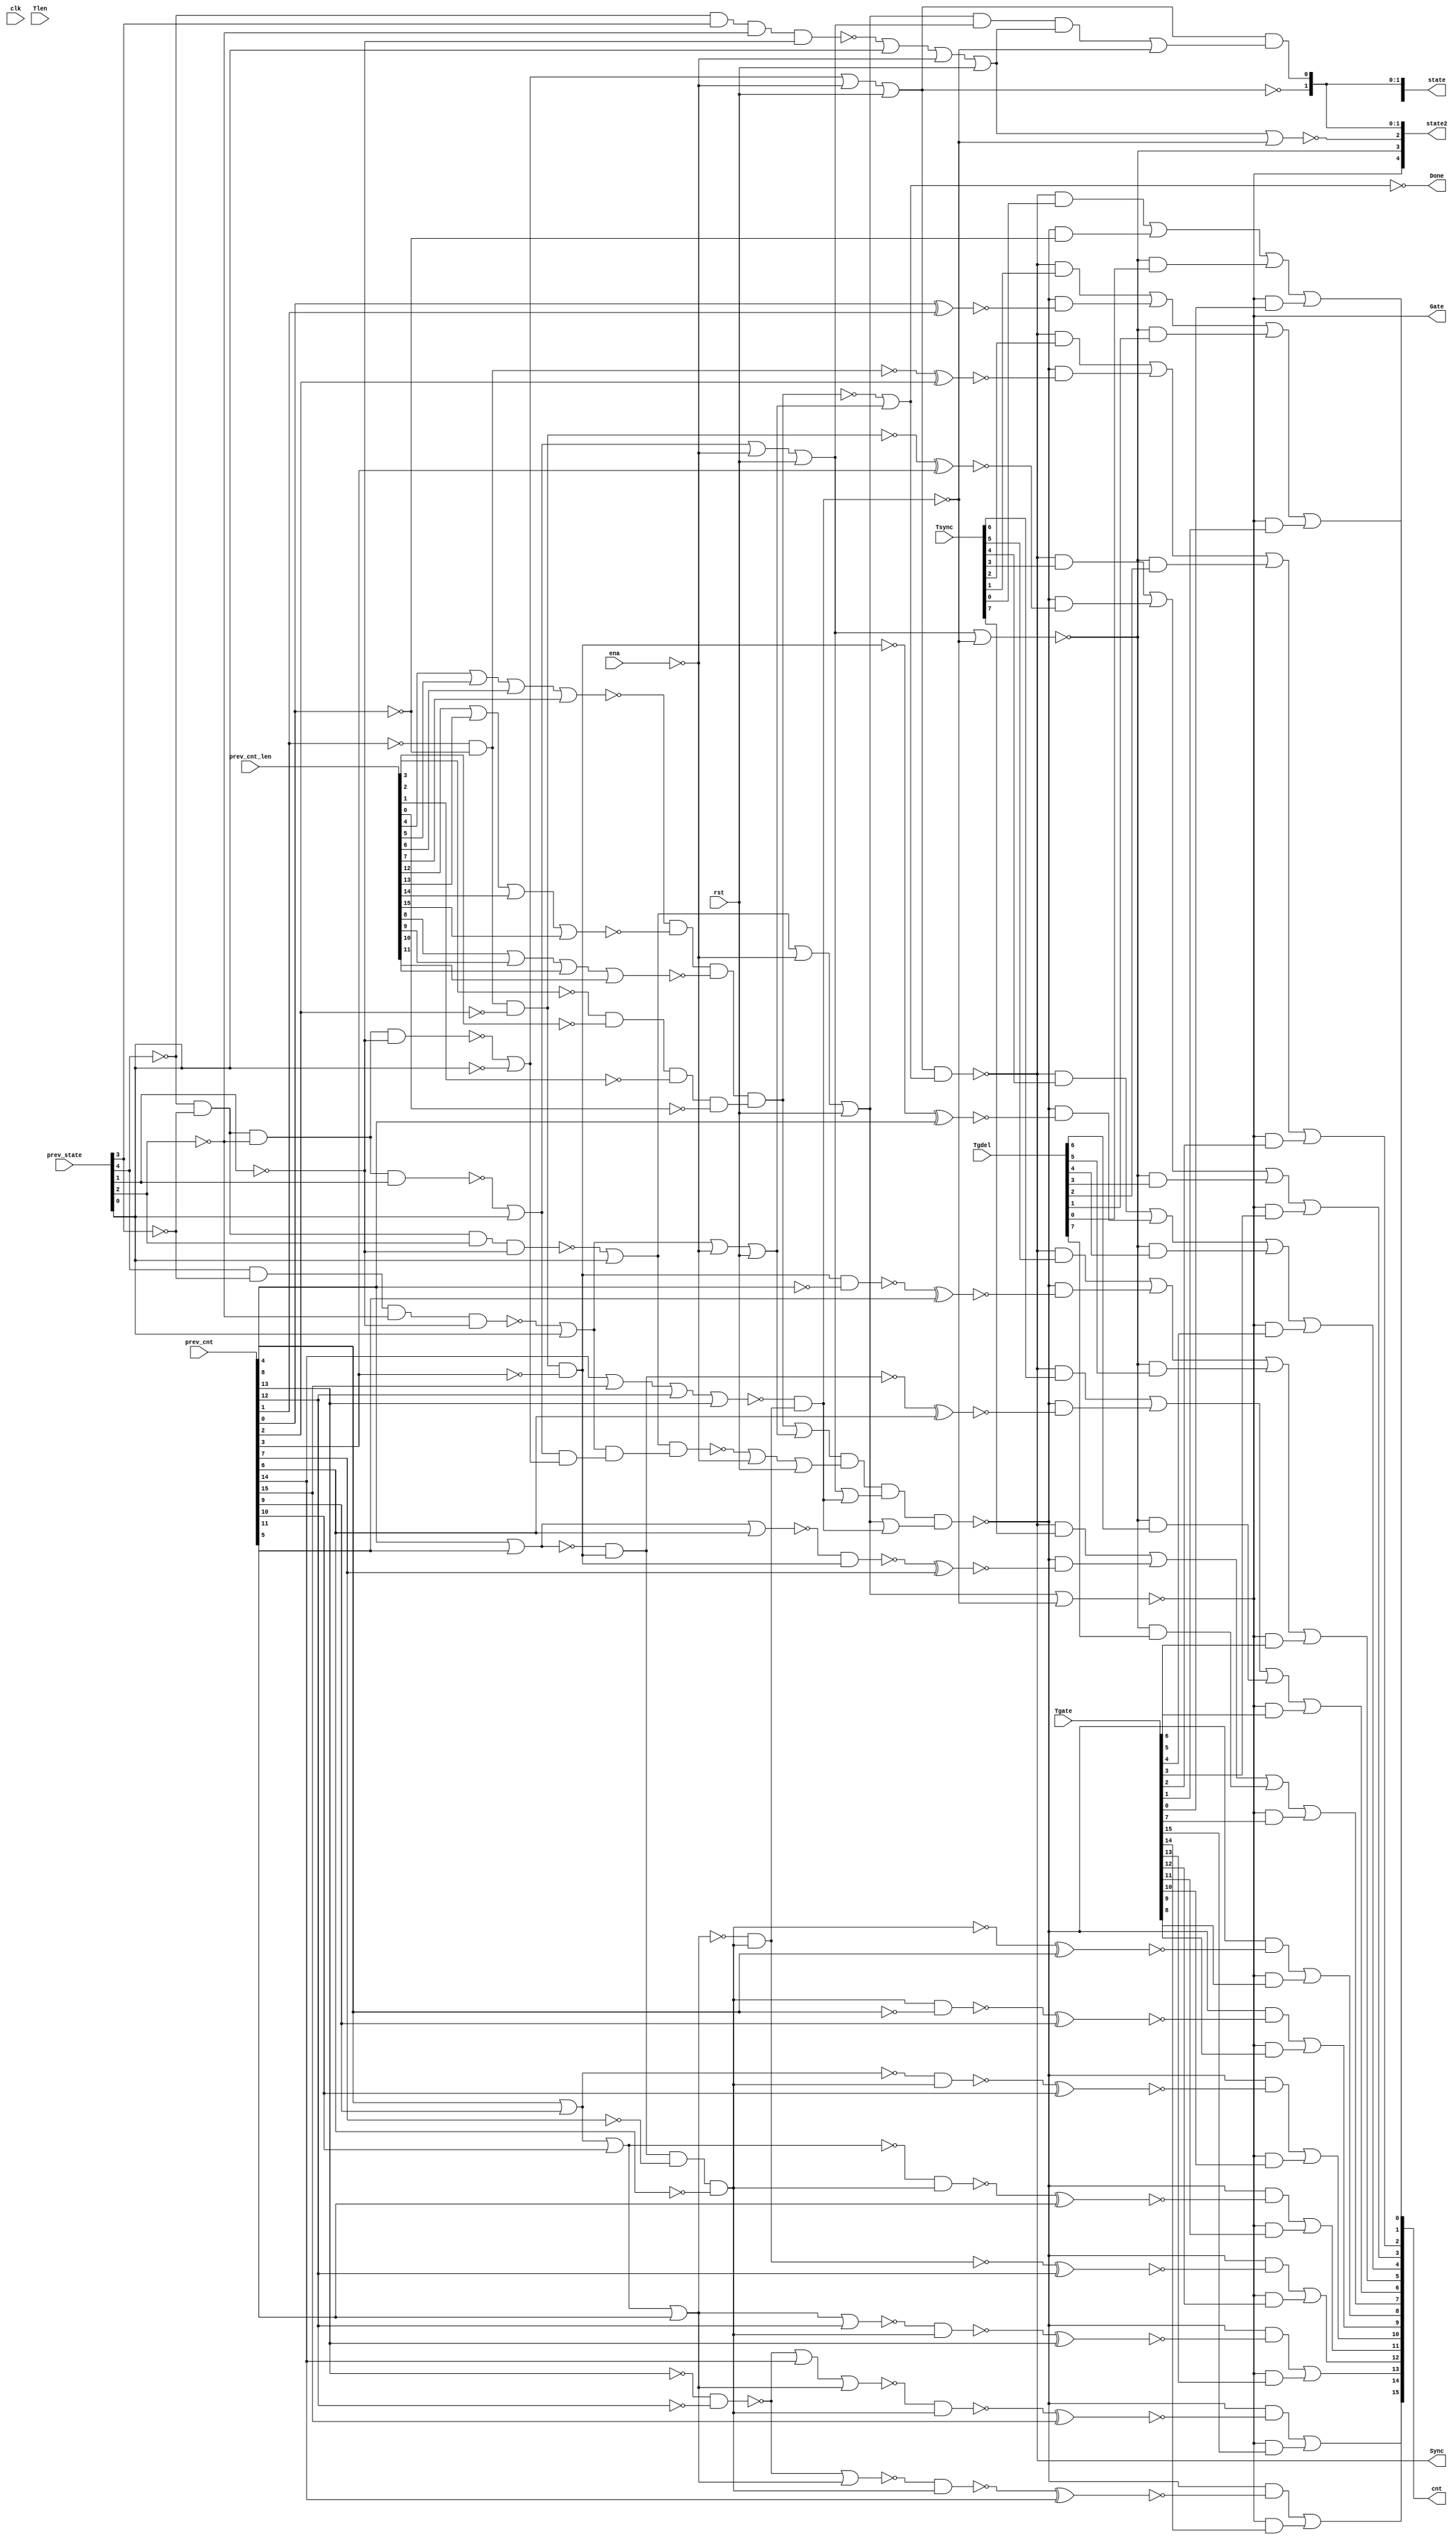
//
// Conformal-LEC: Version 11.10-d208 (10-Mar-2012) (64 bit executable)
//
module top(clk, ena, rst, Tsync, Tgdel, Tgate, Tlen, Sync, Gate, Done, 
    prev_state, prev_cnt, prev_cnt_len, cnt, state, state2);
input  clk, ena, rst;
output Sync, Gate, Done;
input   [7:0] Tsync;
input   [7:0] Tgdel;
input   [15:0] Tgate;
input   [15:0] Tlen;
input   [4:0] prev_state;
input   [15:0] prev_cnt;
input   [15:0] prev_cnt_len;
output  [15:0] cnt;
output  [4:0] state;
output  [4:0] state2;
wire  \mux_cnt_124_11_g721/w_0 , \mux_cnt_124_11_g721/w_1 , 
    \mux_cnt_124_11_g721/w_2 , \mux_cnt_124_11_g721/w_3 , 
    \mux_cnt_124_11_g721/w_4 , \mux_cnt_124_11_g725/w_0 , 
    \mux_cnt_124_11_g725/w_1 , \mux_cnt_124_11_g725/w_2 , 
    \mux_cnt_124_11_g725/w_3 , \mux_cnt_124_11_g725/w_4 , 
    \mux_cnt_124_11_g729/w_0 , \mux_cnt_124_11_g729/w_1 , 
    \mux_cnt_124_11_g729/w_2 , \mux_cnt_124_11_g729/w_3 , 
    \mux_cnt_124_11_g729/w_4 , \mux_cnt_124_11_g733/w_0 , 
    \mux_cnt_124_11_g733/w_1 , \mux_cnt_124_11_g733/w_2 , 
    \mux_cnt_124_11_g733/w_3 , \mux_cnt_124_11_g733/w_4 , 
    \mux_cnt_124_11_g737/w_0 , \mux_cnt_124_11_g737/w_1 , 
    \mux_cnt_124_11_g737/w_2 , \mux_cnt_124_11_g737/w_3 , 
    \mux_cnt_124_11_g737/w_4 , \mux_cnt_124_11_g741/w_0 , 
    \mux_cnt_124_11_g741/w_1 , \mux_cnt_124_11_g741/w_2 , 
    \mux_cnt_124_11_g741/w_3 , \mux_cnt_124_11_g741/w_4 , 
    \mux_cnt_124_11_g745/w_0 , \mux_cnt_124_11_g745/w_1 , 
    \mux_cnt_124_11_g745/w_2 , \mux_cnt_124_11_g745/w_3 , 
    \mux_cnt_124_11_g745/w_4 , \mux_cnt_124_11_g777/w_0 , 
    \mux_cnt_124_11_g777/w_1 , \mux_cnt_124_11_g777/w_2 , 
    \mux_cnt_124_11_g777/w_3 , \mux_cnt_124_11_g777/w_4 , 
    \mux_cnt_124_11_g717/w_0 , \mux_cnt_124_11_g717/w_1 , 
    \mux_cnt_124_11_g717/w_2 , \mux_cnt_124_11_g749/w_0 , 
    \mux_cnt_124_11_g749/w_1 , \mux_cnt_124_11_g749/w_2 , 
    \mux_cnt_124_11_g753/w_0 , \mux_cnt_124_11_g753/w_1 , 
    \mux_cnt_124_11_g753/w_2 , \mux_cnt_124_11_g757/w_0 , 
    \mux_cnt_124_11_g757/w_1 , \mux_cnt_124_11_g757/w_2 , 
    \mux_cnt_124_11_g761/w_0 , \mux_cnt_124_11_g761/w_1 , 
    \mux_cnt_124_11_g761/w_2 , \mux_cnt_124_11_g765/w_0 , 
    \mux_cnt_124_11_g765/w_1 , \mux_cnt_124_11_g765/w_2 , 
    \mux_cnt_124_11_g769/w_0 , \mux_cnt_124_11_g769/w_1 , 
    \mux_cnt_124_11_g769/w_2 , \mux_cnt_124_11_g773/w_0 , 
    \mux_cnt_124_11_g773/w_1 , \mux_cnt_124_11_g773/w_2 , sub_113_47_n_67, 
    sub_110_39_n_1525, sub_110_39_n_1040, sub_110_39_n_166, sub_110_39_n_159, 
    sub_110_39_n_151, sub_110_39_n_139, sub_110_39_n_119, sub_110_39_n_109, 
    sub_110_39_n_103, n_1524, n_1519, n_1375, n_1374, n_1373, n_1372, n_1371, 
    n_1370, n_1369, n_1368, n_1367, n_1366, n_1365, n_1364, n_1363, n_1362, 
    n_1361, n_1360, n_1359, n_1358, n_1357, n_1356, n_1355, n_1354, n_1353, 
    n_1352, n_1351, n_1350, n_1349, n_1348, n_1347, n_1346, n_1345, n_1344, 
    n_1343, n_1342, n_1341, n_1340, n_1338, n_1336, n_1335, n_1334, n_1333, 
    n_1332, n_1331, n_1330, n_1329, n_1328, n_1327, n_1326, n_1325, n_1324, 
    n_1323, n_1322, n_1321, n_1320, n_1319, n_1318, n_1317, n_1316, n_1315, 
    n_1314, n_1313, n_1312, n_1311, n_1310, n_1309, n_1308, n_1307, n_1306, 
    n_1305, n_1304, n_1303, n_1302, n_1301, n_1300, n_1299, n_1298, n_1297, 
    n_1296, n_1295, n_1273, n_1272, n_1260, n_1240, n_1175, n_1165, n_1158, 
    n_1151, n_1148, n_1140, n_1087, n_1069, n_1068, n_1067, n_1034, n_818, 
    n_816, n_813, n_804, n_803, n_781, n_767, n_758, n_14, n_13, n_12, n_11, 
    Done, Gate, Sync, rst, ena, clk;
wire  \mux_cnt_124_11_g721/data0 , \mux_cnt_124_11_g725/data0 , 
    \mux_cnt_124_11_g729/data0 , \mux_cnt_124_11_g733/data0 , 
    \mux_cnt_124_11_g737/data0 , \mux_cnt_124_11_g741/data0 , 
    \mux_cnt_124_11_g745/data0 , \mux_cnt_124_11_g777/data0 , 
    \mux_cnt_124_11_g717/data0 , \mux_cnt_124_11_g749/data0 , 
    \mux_cnt_124_11_g753/data0 , \mux_cnt_124_11_g757/data0 , 
    \mux_cnt_124_11_g761/data0 , \mux_cnt_124_11_g765/data0 , 
    \mux_cnt_124_11_g769/data0 , \mux_cnt_124_11_g773/data0 ;
wire   [16:0] cnt_nxt;
wire   [4:0] state2;
wire   [4:0] state;
wire   [15:0] cnt;
wire   [4:0] prev_state;
wire   [15:0] prev_cnt_len;
wire   [15:0] prev_cnt;
wire   [15:0] Tlen;
wire   [15:0] Tgate;
wire   [7:0] Tgdel;
wire   [7:0] Tsync;
  assign \mux_cnt_124_11_g721/data0  = 1'b0;
  assign \mux_cnt_124_11_g725/data0  = 1'b0;
  assign \mux_cnt_124_11_g729/data0  = 1'b0;
  assign \mux_cnt_124_11_g733/data0  = 1'b0;
  assign \mux_cnt_124_11_g737/data0  = 1'b0;
  assign \mux_cnt_124_11_g741/data0  = 1'b0;
  assign \mux_cnt_124_11_g745/data0  = 1'b0;
  assign \mux_cnt_124_11_g777/data0  = 1'b0;
  assign \mux_cnt_124_11_g717/data0  = 1'b0;
  assign \mux_cnt_124_11_g749/data0  = 1'b0;
  assign \mux_cnt_124_11_g753/data0  = 1'b0;
  assign \mux_cnt_124_11_g757/data0  = 1'b0;
  assign \mux_cnt_124_11_g761/data0  = 1'b0;
  assign \mux_cnt_124_11_g765/data0  = 1'b0;
  assign \mux_cnt_124_11_g769/data0  = 1'b0;
  assign \mux_cnt_124_11_g773/data0  = 1'b0;
  or \mux_cnt_124_11_g721/org (cnt[6], \mux_cnt_124_11_g721/w_0 , 
    \mux_cnt_124_11_g721/w_1 , \mux_cnt_124_11_g721/w_2 , 
    \mux_cnt_124_11_g721/w_3 , \mux_cnt_124_11_g721/w_4 );
  and \mux_cnt_124_11_g721/a_4 (\mux_cnt_124_11_g721/w_4 , Gate, Tgate[6]);
  and \mux_cnt_124_11_g721/a_3 (\mux_cnt_124_11_g721/w_3 , state[2], Tgdel[6]);
  and \mux_cnt_124_11_g721/a_2 (\mux_cnt_124_11_g721/w_2 , n_818, cnt_nxt[6]);
  and \mux_cnt_124_11_g721/a_1 (\mux_cnt_124_11_g721/w_1 , Sync, Tsync[6]);
  and \mux_cnt_124_11_g721/a_0 (\mux_cnt_124_11_g721/w_0 , n_816, 
    \mux_cnt_124_11_g721/data0 );
  or \mux_cnt_124_11_g725/org (cnt[5], \mux_cnt_124_11_g725/w_0 , 
    \mux_cnt_124_11_g725/w_1 , \mux_cnt_124_11_g725/w_2 , 
    \mux_cnt_124_11_g725/w_3 , \mux_cnt_124_11_g725/w_4 );
  and \mux_cnt_124_11_g725/a_4 (\mux_cnt_124_11_g725/w_4 , Gate, Tgate[5]);
  and \mux_cnt_124_11_g725/a_3 (\mux_cnt_124_11_g725/w_3 , state[2], Tgdel[5]);
  and \mux_cnt_124_11_g725/a_2 (\mux_cnt_124_11_g725/w_2 , n_818, cnt_nxt[5]);
  and \mux_cnt_124_11_g725/a_1 (\mux_cnt_124_11_g725/w_1 , Sync, Tsync[5]);
  and \mux_cnt_124_11_g725/a_0 (\mux_cnt_124_11_g725/w_0 , n_816, 
    \mux_cnt_124_11_g725/data0 );
  or \mux_cnt_124_11_g729/org (cnt[4], \mux_cnt_124_11_g729/w_0 , 
    \mux_cnt_124_11_g729/w_1 , \mux_cnt_124_11_g729/w_2 , 
    \mux_cnt_124_11_g729/w_3 , \mux_cnt_124_11_g729/w_4 );
  and \mux_cnt_124_11_g729/a_4 (\mux_cnt_124_11_g729/w_4 , Gate, Tgate[4]);
  and \mux_cnt_124_11_g729/a_3 (\mux_cnt_124_11_g729/w_3 , state[2], Tgdel[4]);
  and \mux_cnt_124_11_g729/a_2 (\mux_cnt_124_11_g729/w_2 , n_818, cnt_nxt[4]);
  and \mux_cnt_124_11_g729/a_1 (\mux_cnt_124_11_g729/w_1 , Sync, Tsync[4]);
  and \mux_cnt_124_11_g729/a_0 (\mux_cnt_124_11_g729/w_0 , n_816, 
    \mux_cnt_124_11_g729/data0 );
  or \mux_cnt_124_11_g733/org (cnt[3], \mux_cnt_124_11_g733/w_0 , 
    \mux_cnt_124_11_g733/w_1 , \mux_cnt_124_11_g733/w_2 , 
    \mux_cnt_124_11_g733/w_3 , \mux_cnt_124_11_g733/w_4 );
  and \mux_cnt_124_11_g733/a_4 (\mux_cnt_124_11_g733/w_4 , Gate, Tgate[3]);
  and \mux_cnt_124_11_g733/a_3 (\mux_cnt_124_11_g733/w_3 , state[2], Tgdel[3]);
  and \mux_cnt_124_11_g733/a_2 (\mux_cnt_124_11_g733/w_2 , n_818, cnt_nxt[3]);
  and \mux_cnt_124_11_g733/a_1 (\mux_cnt_124_11_g733/w_1 , Sync, Tsync[3]);
  and \mux_cnt_124_11_g733/a_0 (\mux_cnt_124_11_g733/w_0 , n_816, 
    \mux_cnt_124_11_g733/data0 );
  or \mux_cnt_124_11_g737/org (cnt[2], \mux_cnt_124_11_g737/w_0 , 
    \mux_cnt_124_11_g737/w_1 , \mux_cnt_124_11_g737/w_2 , 
    \mux_cnt_124_11_g737/w_3 , \mux_cnt_124_11_g737/w_4 );
  and \mux_cnt_124_11_g737/a_4 (\mux_cnt_124_11_g737/w_4 , Gate, Tgate[2]);
  and \mux_cnt_124_11_g737/a_3 (\mux_cnt_124_11_g737/w_3 , state[2], Tgdel[2]);
  and \mux_cnt_124_11_g737/a_2 (\mux_cnt_124_11_g737/w_2 , n_818, cnt_nxt[2]);
  and \mux_cnt_124_11_g737/a_1 (\mux_cnt_124_11_g737/w_1 , Sync, Tsync[2]);
  and \mux_cnt_124_11_g737/a_0 (\mux_cnt_124_11_g737/w_0 , n_816, 
    \mux_cnt_124_11_g737/data0 );
  or \mux_cnt_124_11_g741/org (cnt[1], \mux_cnt_124_11_g741/w_0 , 
    \mux_cnt_124_11_g741/w_1 , \mux_cnt_124_11_g741/w_2 , 
    \mux_cnt_124_11_g741/w_3 , \mux_cnt_124_11_g741/w_4 );
  and \mux_cnt_124_11_g741/a_4 (\mux_cnt_124_11_g741/w_4 , Gate, Tgate[1]);
  and \mux_cnt_124_11_g741/a_3 (\mux_cnt_124_11_g741/w_3 , state[2], Tgdel[1]);
  and \mux_cnt_124_11_g741/a_2 (\mux_cnt_124_11_g741/w_2 , n_818, cnt_nxt[1]);
  and \mux_cnt_124_11_g741/a_1 (\mux_cnt_124_11_g741/w_1 , Sync, Tsync[1]);
  and \mux_cnt_124_11_g741/a_0 (\mux_cnt_124_11_g741/w_0 , n_816, 
    \mux_cnt_124_11_g741/data0 );
  or \mux_cnt_124_11_g745/org (cnt[0], \mux_cnt_124_11_g745/w_0 , 
    \mux_cnt_124_11_g745/w_1 , \mux_cnt_124_11_g745/w_2 , 
    \mux_cnt_124_11_g745/w_3 , \mux_cnt_124_11_g745/w_4 );
  and \mux_cnt_124_11_g745/a_4 (\mux_cnt_124_11_g745/w_4 , Gate, Tgate[0]);
  and \mux_cnt_124_11_g745/a_3 (\mux_cnt_124_11_g745/w_3 , state[2], Tgdel[0]);
  and \mux_cnt_124_11_g745/a_2 (\mux_cnt_124_11_g745/w_2 , n_818, n_1087);
  and \mux_cnt_124_11_g745/a_1 (\mux_cnt_124_11_g745/w_1 , Sync, Tsync[0]);
  and \mux_cnt_124_11_g745/a_0 (\mux_cnt_124_11_g745/w_0 , n_816, 
    \mux_cnt_124_11_g745/data0 );
  or \mux_cnt_124_11_g777/org (cnt[7], \mux_cnt_124_11_g777/w_0 , 
    \mux_cnt_124_11_g777/w_1 , \mux_cnt_124_11_g777/w_2 , 
    \mux_cnt_124_11_g777/w_3 , \mux_cnt_124_11_g777/w_4 );
  and \mux_cnt_124_11_g777/a_4 (\mux_cnt_124_11_g777/w_4 , Gate, Tgate[7]);
  and \mux_cnt_124_11_g777/a_3 (\mux_cnt_124_11_g777/w_3 , state[2], Tgdel[7]);
  and \mux_cnt_124_11_g777/a_2 (\mux_cnt_124_11_g777/w_2 , n_818, cnt_nxt[7]);
  and \mux_cnt_124_11_g777/a_1 (\mux_cnt_124_11_g777/w_1 , Sync, Tsync[7]);
  and \mux_cnt_124_11_g777/a_0 (\mux_cnt_124_11_g777/w_0 , n_816, 
    \mux_cnt_124_11_g777/data0 );
  or \mux_cnt_124_11_g717/org (cnt[15], \mux_cnt_124_11_g717/w_0 , 
    \mux_cnt_124_11_g717/w_1 , \mux_cnt_124_11_g717/w_2 );
  and \mux_cnt_124_11_g717/a_2 (\mux_cnt_124_11_g717/w_2 , Gate, Tgate[15]);
  and \mux_cnt_124_11_g717/a_1 (\mux_cnt_124_11_g717/w_1 , n_818, cnt_nxt[15]);
  and \mux_cnt_124_11_g717/a_0 (\mux_cnt_124_11_g717/w_0 , n_813, 
    \mux_cnt_124_11_g717/data0 );
  or \mux_cnt_124_11_g749/org (cnt[14], \mux_cnt_124_11_g749/w_0 , 
    \mux_cnt_124_11_g749/w_1 , \mux_cnt_124_11_g749/w_2 );
  and \mux_cnt_124_11_g749/a_2 (\mux_cnt_124_11_g749/w_2 , Gate, Tgate[14]);
  and \mux_cnt_124_11_g749/a_1 (\mux_cnt_124_11_g749/w_1 , n_818, cnt_nxt[14]);
  and \mux_cnt_124_11_g749/a_0 (\mux_cnt_124_11_g749/w_0 , n_813, 
    \mux_cnt_124_11_g749/data0 );
  or \mux_cnt_124_11_g753/org (cnt[13], \mux_cnt_124_11_g753/w_0 , 
    \mux_cnt_124_11_g753/w_1 , \mux_cnt_124_11_g753/w_2 );
  and \mux_cnt_124_11_g753/a_2 (\mux_cnt_124_11_g753/w_2 , Gate, Tgate[13]);
  and \mux_cnt_124_11_g753/a_1 (\mux_cnt_124_11_g753/w_1 , n_818, cnt_nxt[13]);
  and \mux_cnt_124_11_g753/a_0 (\mux_cnt_124_11_g753/w_0 , n_813, 
    \mux_cnt_124_11_g753/data0 );
  or \mux_cnt_124_11_g757/org (cnt[12], \mux_cnt_124_11_g757/w_0 , 
    \mux_cnt_124_11_g757/w_1 , \mux_cnt_124_11_g757/w_2 );
  and \mux_cnt_124_11_g757/a_2 (\mux_cnt_124_11_g757/w_2 , Gate, Tgate[12]);
  and \mux_cnt_124_11_g757/a_1 (\mux_cnt_124_11_g757/w_1 , n_818, cnt_nxt[12]);
  and \mux_cnt_124_11_g757/a_0 (\mux_cnt_124_11_g757/w_0 , n_813, 
    \mux_cnt_124_11_g757/data0 );
  or \mux_cnt_124_11_g761/org (cnt[11], \mux_cnt_124_11_g761/w_0 , 
    \mux_cnt_124_11_g761/w_1 , \mux_cnt_124_11_g761/w_2 );
  and \mux_cnt_124_11_g761/a_2 (\mux_cnt_124_11_g761/w_2 , Gate, Tgate[11]);
  and \mux_cnt_124_11_g761/a_1 (\mux_cnt_124_11_g761/w_1 , n_818, cnt_nxt[11]);
  and \mux_cnt_124_11_g761/a_0 (\mux_cnt_124_11_g761/w_0 , n_813, 
    \mux_cnt_124_11_g761/data0 );
  or \mux_cnt_124_11_g765/org (cnt[10], \mux_cnt_124_11_g765/w_0 , 
    \mux_cnt_124_11_g765/w_1 , \mux_cnt_124_11_g765/w_2 );
  and \mux_cnt_124_11_g765/a_2 (\mux_cnt_124_11_g765/w_2 , Gate, Tgate[10]);
  and \mux_cnt_124_11_g765/a_1 (\mux_cnt_124_11_g765/w_1 , n_818, cnt_nxt[10]);
  and \mux_cnt_124_11_g765/a_0 (\mux_cnt_124_11_g765/w_0 , n_813, 
    \mux_cnt_124_11_g765/data0 );
  or \mux_cnt_124_11_g769/org (cnt[9], \mux_cnt_124_11_g769/w_0 , 
    \mux_cnt_124_11_g769/w_1 , \mux_cnt_124_11_g769/w_2 );
  and \mux_cnt_124_11_g769/a_2 (\mux_cnt_124_11_g769/w_2 , Gate, Tgate[9]);
  and \mux_cnt_124_11_g769/a_1 (\mux_cnt_124_11_g769/w_1 , n_818, cnt_nxt[9]);
  and \mux_cnt_124_11_g769/a_0 (\mux_cnt_124_11_g769/w_0 , n_813, 
    \mux_cnt_124_11_g769/data0 );
  or \mux_cnt_124_11_g773/org (cnt[8], \mux_cnt_124_11_g773/w_0 , 
    \mux_cnt_124_11_g773/w_1 , \mux_cnt_124_11_g773/w_2 );
  and \mux_cnt_124_11_g773/a_2 (\mux_cnt_124_11_g773/w_2 , Gate, Tgate[8]);
  and \mux_cnt_124_11_g773/a_1 (\mux_cnt_124_11_g773/w_1 , n_818, cnt_nxt[8]);
  and \mux_cnt_124_11_g773/a_0 (\mux_cnt_124_11_g773/w_0 , n_813, 
    \mux_cnt_124_11_g773/data0 );
  assign state2[4] = Gate;
  assign state2[3] = state[2];
  assign state2[2] = state[4];
  assign state2[1] = state[1];
  assign state2[0] = state[0];
  assign state[3] = Gate;
  nor sub_110_39_g111(sub_110_39_n_159, sub_110_39_n_1040, prev_cnt[14]);
  xnor sub_110_39_g167(cnt_nxt[1], prev_cnt[0], prev_cnt[1]);
  xnor sub_110_39_g169(cnt_nxt[2], sub_110_39_n_103, prev_cnt[2]);
  xnor sub_110_39_g172(cnt_nxt[3], n_1151, prev_cnt[3]);
  xnor sub_110_39_g174(cnt_nxt[4], sub_110_39_n_139, prev_cnt[4]);
  xnor sub_110_39_g177(cnt_nxt[5], n_1359, prev_cnt[5]);
  xnor sub_110_39_g179(cnt_nxt[6], n_1158, prev_cnt[6]);
  xnor sub_110_39_g182(cnt_nxt[7], n_1360, prev_cnt[7]);
  xnor sub_110_39_g184(cnt_nxt[8], sub_110_39_n_166, prev_cnt[8]);
  xnor sub_110_39_g187(cnt_nxt[9], n_1364, prev_cnt[9]);
  xnor sub_110_39_g189(cnt_nxt[10], n_1365, prev_cnt[10]);
  xnor sub_110_39_g192(cnt_nxt[11], n_1366, prev_cnt[11]);
  xnor sub_110_39_g195(cnt_nxt[12], n_1165, prev_cnt[12]);
  xnor sub_110_39_g198(cnt_nxt[13], n_1367, prev_cnt[13]);
  xnor sub_110_39_g200(cnt_nxt[14], n_1368, prev_cnt[14]);
  xnor sub_110_39_g203(cnt_nxt[15], n_1369, prev_cnt[15]);
  nor g24(n_13, n_1324, prev_state[0]);
  not g1109(state[0], n_1260);
  not g1163(n_1295, prev_cnt[4]);
  not g1164(n_1296, prev_cnt[8]);
  not g1168(n_1300, prev_cnt[13]);
  not g1169(n_1301, prev_cnt[12]);
  nand g1183(sub_110_39_n_1040, n_1300, n_1301);
  not g1184(n_1315, sub_110_39_n_159);
  not g1189(n_1318, sub_110_39_n_109);
  nand g1195(n_1324, n_1306, prev_state[3], n_1304, n_1303);
  not g1196(n_1325, n_13);
  not g1211(n_1334, sub_110_39_n_151);
  nor g1232(n_781, n_1325, n_1299, rst);
  not g1233(n_1344, n_781);
  nand g1234(n_1345, n_1332, n_1343, n_1344);
  not g1235(n_1346, n_1345);
  nor g1236(n_1347, n_1346, sub_110_39_n_1525);
  not g1237(n_1348, n_1347);
  nand g1238(n_1260, n_803, n_1348);
  nor g1239(state[4], n_1344, sub_110_39_n_1525);
  nor g1240(n_1349, n_1318, prev_cnt[6]);
  nor g1244(n_1352, n_1334, prev_cnt[12]);
  nor g1245(n_1353, sub_110_39_n_1040, n_1334);
  nor g1246(n_1354, n_1315, n_1334);
  nand g1251(n_1359, n_1519, n_1295);
  nand g1252(n_1360, n_1349, n_1519);
  nand g1256(n_1364, n_1524, n_1296);
  nand g1257(n_1365, sub_110_39_n_119, n_1524);
  nand g1258(n_1366, n_1148, n_1524);
  nand g1259(n_1367, n_1352, n_1524);
  nand g1260(n_1368, n_1353, n_1524);
  nand g1261(n_1369, n_1354, n_1524);
  nor g794(n_1034, ena, rst);
  not g1227(n_1342, n_1034);
  not g1174(n_1306, prev_state[4]);
  not g1173(n_1305, prev_state[3]);
  not g1172(n_1304, prev_state[2]);
  not g1171(n_1303, prev_state[1]);
  nand g1185(n_1316, n_1306, n_1305, n_1304, n_1303);
  not g1165(n_1297, prev_state[0]);
  nor g1186(n_1272, n_1316, n_1297);
  not g1187(n_1317, n_1272);
  not g1167(n_1299, ena);
  nor g1188(state[1], n_1317, n_1299, rst);
  not g708(n_803, state[1]);
  nor g829(n_1069, prev_cnt_len[4], prev_cnt_len[5], prev_cnt_len[6], 
    prev_cnt_len[7]);
  nor g832(n_1067, prev_cnt_len[12], prev_cnt_len[13], prev_cnt_len[14], 
    prev_cnt_len[15]);
  nor g836(n_1068, prev_cnt_len[8], prev_cnt_len[9], prev_cnt_len[10], 
    prev_cnt_len[11]);
  not g1178(n_1310, prev_cnt_len[3]);
  not g1177(n_1309, prev_cnt_len[2]);
  not g1176(n_1308, prev_cnt_len[1]);
  not g1175(n_1307, prev_cnt_len[0]);
  nand g1199(n_1328, n_1310, n_1309, n_1308, n_1307);
  not g1200(n_1329, n_1328);
  nand g1201(sub_113_47_n_67, n_1069, n_1067, n_1068, n_1329);
  nand g1197(n_1326, prev_state[4], n_1305, n_1304, n_1303);
  nor g31(n_14, n_1326, prev_state[0]);
  not g1198(n_1327, n_14);
  nor g1203(n_1273, n_1327, n_1299, rst);
  not g1204(n_1331, n_1273);
  nor g1205(Done, sub_113_47_n_67, n_1331);
  not g710(n_804, Done);
  nand g1228(Sync, n_803, n_804);
  not g931(n_1140, Sync);
  nand g1193(n_1322, n_1306, n_1305, n_1304, prev_state[1]);
  nor g20(n_11, n_1322, prev_state[0]);
  not g1194(n_1323, n_11);
  nor g1229(n_767, n_1323, n_1299, rst);
  not g1230(n_1343, n_767);
  nor g827(n_1175, prev_cnt[14], prev_cnt[15], prev_cnt[12], prev_cnt[13]);
  nor sub_110_39_g70(sub_110_39_n_119, prev_cnt[8], prev_cnt[9]);
  not g1190(n_1319, sub_110_39_n_119);
  nor g1208(n_1148, n_1319, prev_cnt[10]);
  not g1209(n_1333, n_1148);
  nor g1210(sub_110_39_n_151, n_1333, prev_cnt[11]);
  nor sub_110_39_g62(sub_110_39_n_109, prev_cnt[4], prev_cnt[5]);
  not g1170(n_1302, prev_cnt[1]);
  not g855(n_1087, prev_cnt[0]);
  nand g1212(sub_110_39_n_103, n_1302, n_1087);
  not g1213(n_1335, sub_110_39_n_103);
  not g1180(n_1312, prev_cnt[2]);
  nand g1214(n_1151, n_1335, n_1312);
  not g1215(n_1336, n_1151);
  not g1181(n_1313, prev_cnt[3]);
  nand g1216(sub_110_39_n_139, n_1336, n_1313);
  not g1217(n_1519, sub_110_39_n_139);
  nand g1218(n_1158, sub_110_39_n_109, n_1519);
  not g1219(n_1338, n_1158);
  not g1182(n_1314, prev_cnt[7]);
  not g1179(n_1311, prev_cnt[6]);
  nand g1220(sub_110_39_n_166, n_1338, n_1314, n_1311);
  not g1221(n_1524, sub_110_39_n_166);
  nand g1222(n_1165, sub_110_39_n_151, n_1524);
  not g1223(n_1340, n_1165);
  nand g1224(sub_110_39_n_1525, n_1175, n_1340);
  nor g1231(state[2], n_1343, sub_110_39_n_1525);
  not g1075(n_1240, state[2]);
  nand g1266(n_1374, n_1342, n_1140, n_1240);
  not g1267(n_1375, n_1374);
  not g1166(n_1298, rst);
  nand g1269(n_813, n_1375, n_1298);
  not g1202(n_1330, sub_113_47_n_67);
  nor g1247(n_1355, n_1330, n_1331);
  not g1248(n_1356, n_1355);
  nand g1191(n_1320, n_1306, n_1305, prev_state[2], n_1303);
  nor g22(n_12, n_1320, prev_state[0]);
  not g1192(n_1321, n_12);
  nand g1242(n_1350, n_1323, n_1317);
  not g1243(n_1351, n_1350);
  nand g1249(n_1357, n_1327, n_1351);
  not g1250(n_1358, n_1357);
  nand g1253(n_1361, n_1321, n_1358);
  nor g1254(n_1362, n_1361, n_1299, rst);
  not g1255(n_1363, n_1362);
  not g1225(n_1341, sub_110_39_n_1525);
  nor g1262(n_1370, n_1343, n_1341);
  not g1263(n_1371, n_1370);
  nor g1206(n_758, n_1321, n_1299, rst);
  not g1207(n_1332, n_758);
  nor g1264(n_1372, n_1332, n_1341);
  not g1265(n_1373, n_1372);
  nand g1268(n_818, n_1356, n_1363, n_1371, n_1373);
  nor g1226(Gate, n_1332, sub_110_39_n_1525);
  nand g1241(n_816, n_1342, n_1298);
endmodule